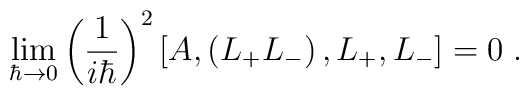
\lim_{\hbar\rightarrow0}\left(  \frac{1}{i\hbar}\right)  ^{2}\left[  A,\left(L_{+}L_{-}\right)  ,L_{+},L_{-}\right]  =0\;.